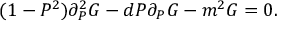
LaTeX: ( 1 - P ^ { 2 } ) \partial _ { P } ^ { 2 } G - d P \partial _ { P } G - m ^ { 2 } G = 0 .